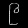
Digit: ၉